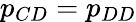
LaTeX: p_{CD}=p_{DD}